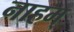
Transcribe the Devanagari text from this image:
नाहम्